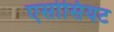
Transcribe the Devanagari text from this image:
एसोसियट